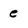
Character: e